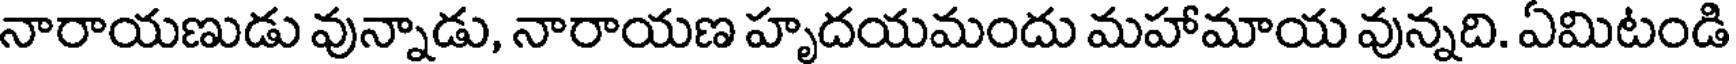
నారాయణుడు వున్నాడు, నారాయణ హృదయమందు మహామాయ వున్నది. ఏమిటండి